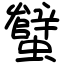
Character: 蠥